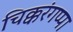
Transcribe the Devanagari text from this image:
चिक्करंगप्पा